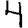
Digit: 4